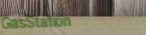
GasStation